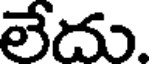
లేదు.